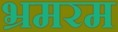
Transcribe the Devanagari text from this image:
भ्रमरम